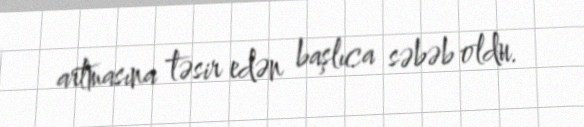
artmasına təsir edən başlıca səbəb oldu.